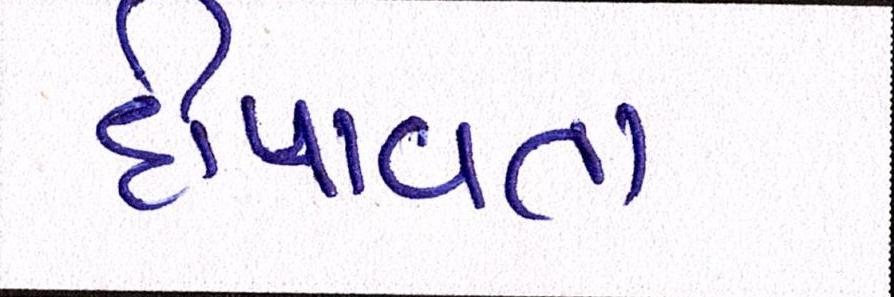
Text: દીપાવતા